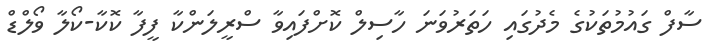
ސާފް ގައުމުތަކުގެ މެދުގައި ހަތަރުވަނަ ހާސިލް ކޮށްފައިވާ ސްރީލަންކާ ފީފާ ކޮކާ-ކޯލާ ވޯލްޑް